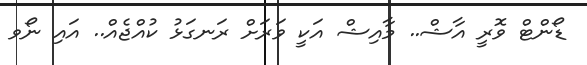
ޑޯންޓް ވޮރީ އާޝް.. މާއިޝް އަކީ ވަރަށް ރަނގަޅު ކުއްޖެއް.. އައި ނޯވ